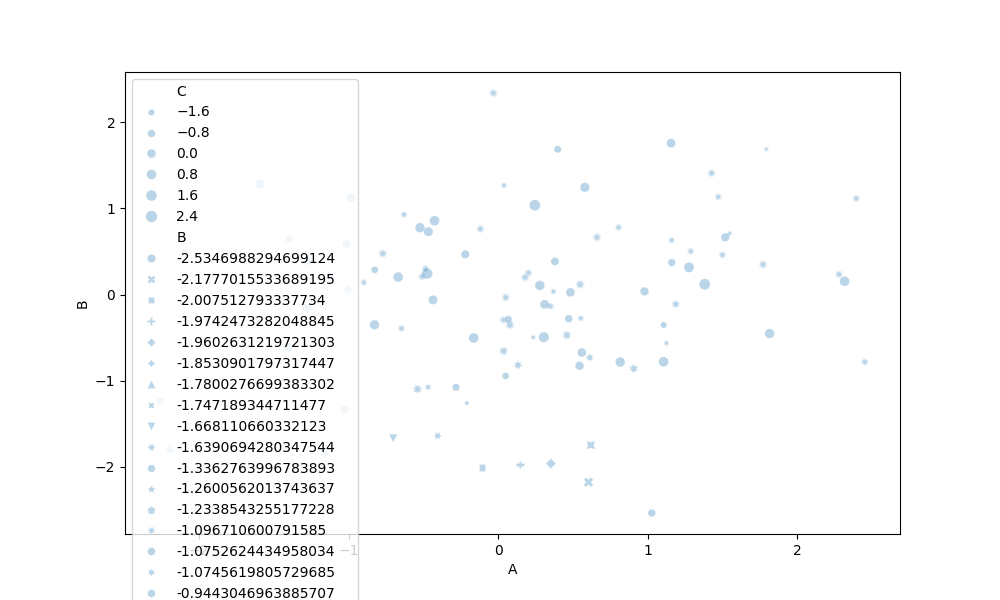
python, seaborn, scatterplot, hue='None', style='B', size='C', palette='muted', alpha=0.3